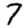
Digit: 7